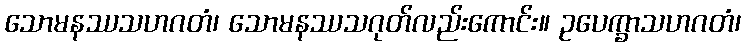
သောမနဿသဟဂတံ၊ သောမနဿသဂုတ်လည်းကောင်း။ ဥပေက္ခာသဟဂတံ၊